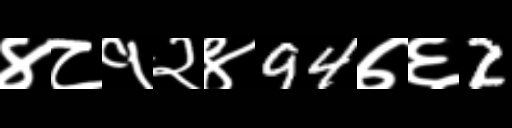
Text: ४८१२४94७६2